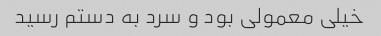
خیلی معمولی بود و سرد به دستم رسید